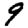
Digit: 9